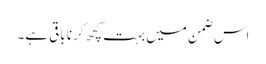
اس ضمن میں بہت کچھ کرنا باقی ہے۔